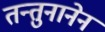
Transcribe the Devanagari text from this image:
तन्तुनानेन